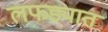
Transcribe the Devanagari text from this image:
लफड्यात